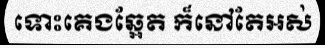
ទោះគេងឆ្អែត ក៏នៅតែអស់